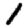
Digit: 1